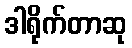
ဒါရိုက်တာဆု